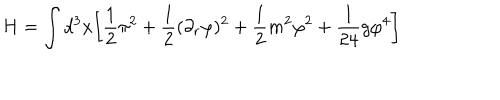
H = \int d ^ { 3 } x \biggl [ \frac { 1 } { 2 } \pi ^ { 2 } + \frac { 1 } { 2 } ( \partial _ { r } \varphi ) ^ { 2 } + \frac { 1 } { 2 } m ^ { 2 } \varphi ^ { 2 } + \frac { 1 } { 2 4 } g \varphi ^ { 4 } \biggr ]